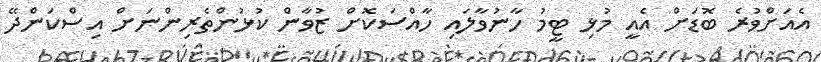
އެއަށްވުރެ ބޮޑަށް އެއީ މުޅި ޓީމު ހާނުވާލައި ހާއްސަކޮށް ޒުވާން ކުޅުންތެރިންނަށް އިސްކަންދޭ